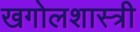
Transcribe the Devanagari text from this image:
खगोलशास्‍त्री